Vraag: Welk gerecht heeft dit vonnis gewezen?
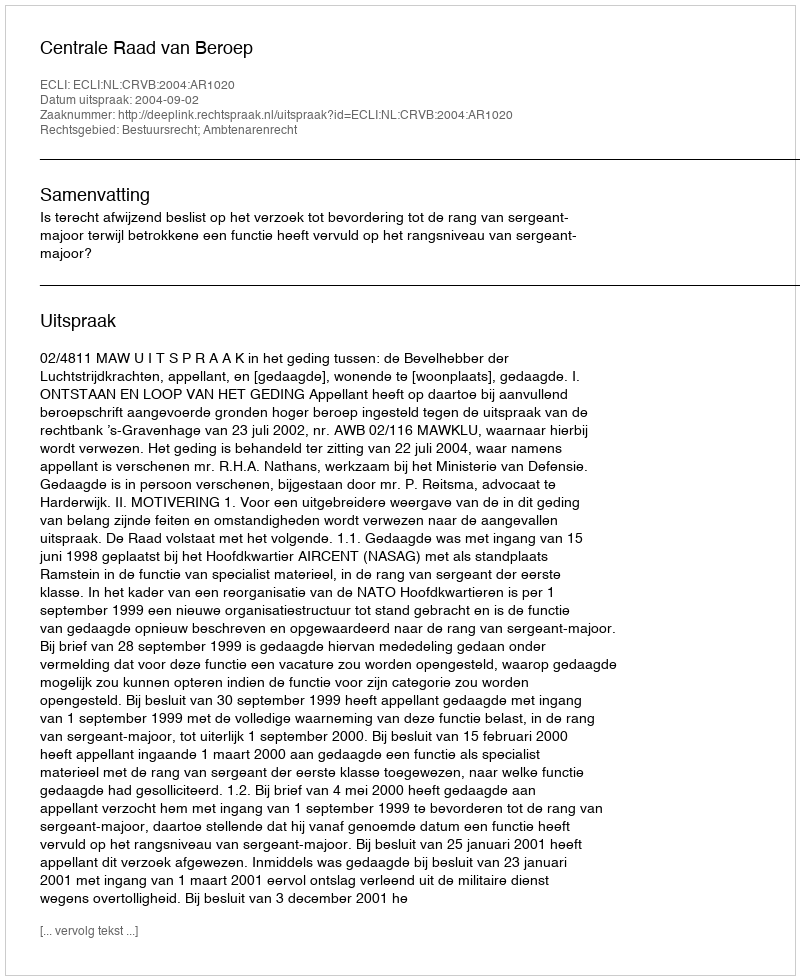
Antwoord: Centrale Raad van Beroep